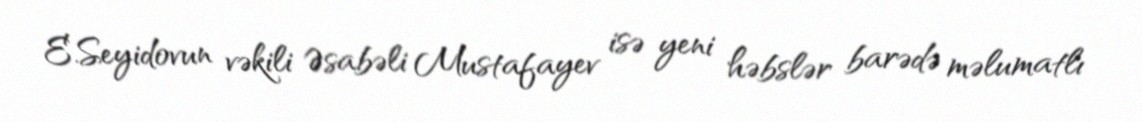
E.Seyidovun vəkili Əsabəli Mustafayev isə yeni həbslər barədə məlumatlı